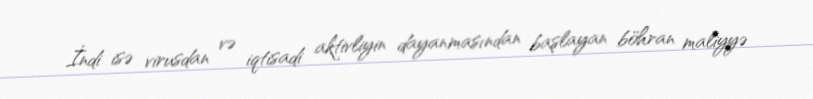
İndi isə virusdan və iqtisadi aktivliyin dayanmasından başlayan böhran maliyyə